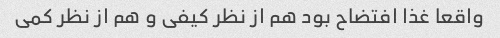
واقعا غذا افتضاح بود هم از نظر کیفی و هم از نظر کمی